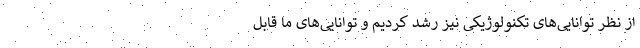
از نظر توانایی‌های تکنولوژیکی نیز رشد کردیم و توانایی‌های ما قابل